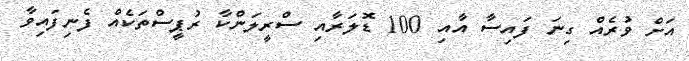
އަށް ވުރެއް ގިނަ ފައިސާ އާއި 100 ޑޮލަރާއި ސްރީލަންކާ ރުޕީސްތަކެއް ފެނިފައިވާ